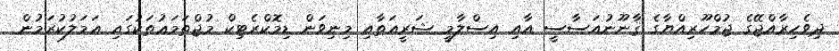
ދިވެހިރާއްޖޭގެ ޖުމްހޫރިއްޔާގެ ޤާނޫނުއަސާސީ އާއި އިސްލާމީ ޝަރީޢަތާއި މިނިވަން ޑިމޮކްރެޓިކް މުޖްތަމަޢުތަކުގައި ޢަމަލުކުރަމުން